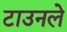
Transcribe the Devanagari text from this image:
टाउनले